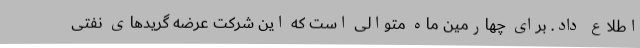
اطلاع داد. برای چهارمین ماه متوالی است که این شرکت عرضه گریدهای نفتی